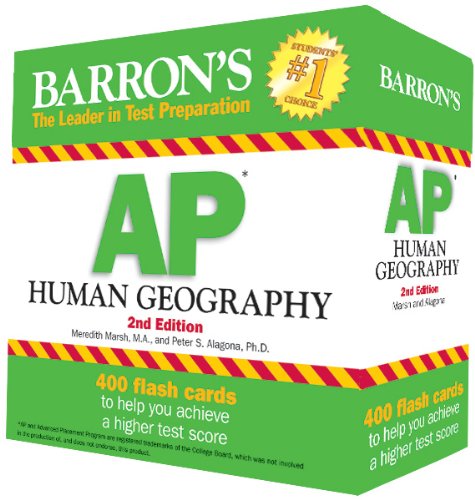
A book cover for Barron's AP Human Geography Flash Cards, 2nd Edition; Meri Marsh; Test Preparation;